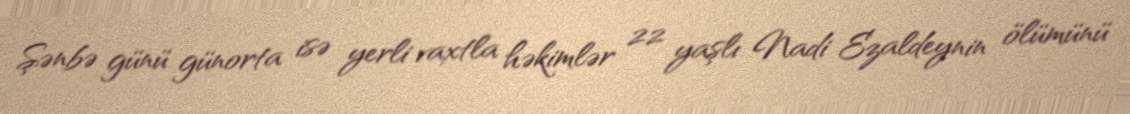
Şənbə günü günorta isə yerli vaxtla həkimlər 22 yaşlı Nadi Ezaldeynin ölümünü